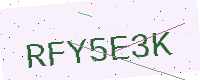
Text: RFY5E3K